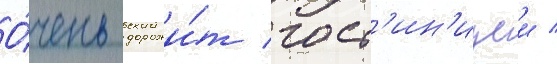
О́чень дорожи́т гост'ин'ицеи /